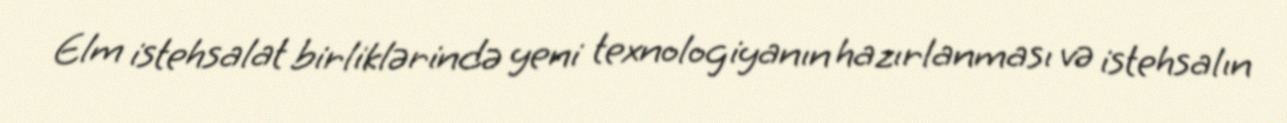
Elm istehsalat birliklərində yeni texnologiyanın hazırlanması və istehsalın